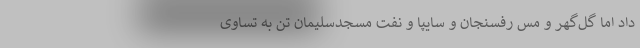
داد اما گل‌گهر و مس رفسنجان و سایپا و نفت مسجدسلیمان تن به تساوی